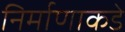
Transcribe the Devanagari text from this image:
निर्माणाकडे